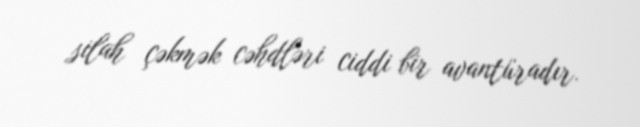
silah çəkmək cəhdləri ciddi bir avantüradır.